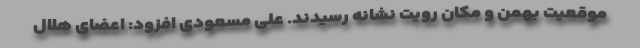
موقعیت بهمن و مکان رویت نشانه رسیدند. علی مسعودی افزود: اعضای هلال